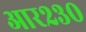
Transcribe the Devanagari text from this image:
आर२३०